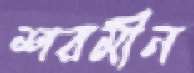
শরমীন